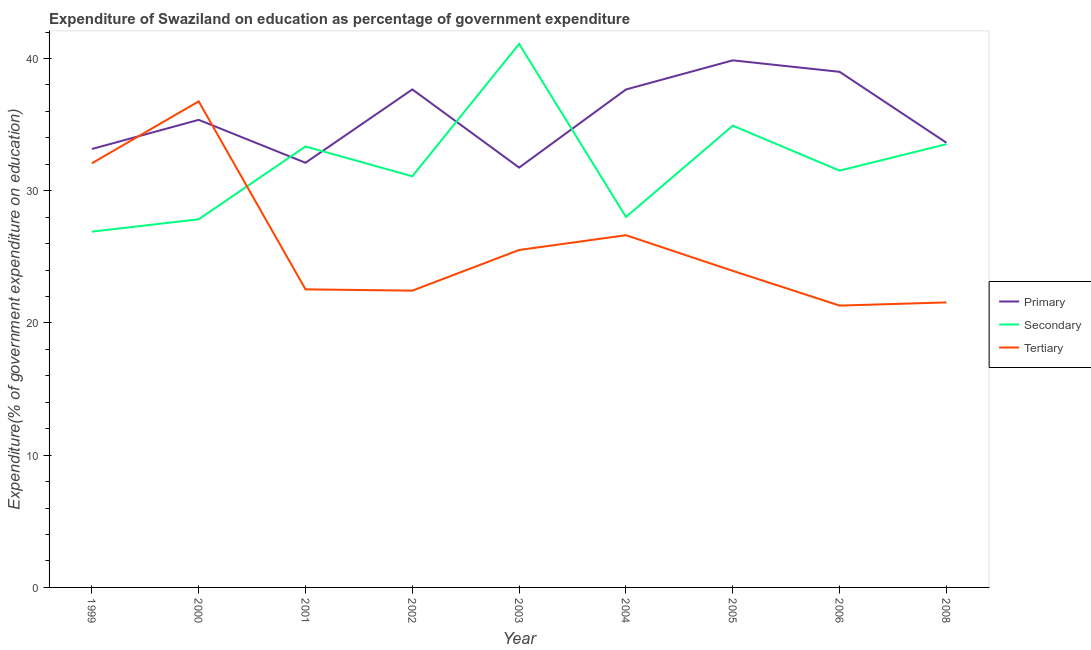
| Year | Primary | Secondary | Tertiary |
 | --- | --- | --- | --- |
 | 1999 | 33.2 | 26.9 | 32.1 |
 | 2000 | 35.4 | 27.8 | 36.8 |
 | 2001 | 32.1 | 33.3 | 22.5 |
 | 2002 | 37.7 | 31.1 | 22.4 |
 | 2003 | 31.7 | 41.1 | 25.5 |
 | 2004 | 37.7 | 28 | 26.6 |
 | 2005 | 39.9 | 34.9 | 23.9 |
 | 2006 | 39 | 31.5 | 21.3 |
 | 2008 | 33.6 | 33.5 | 21.6 |